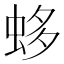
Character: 蛥